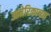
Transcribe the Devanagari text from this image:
आमेरिकाच्या